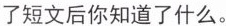
了短文后你知道了什么。